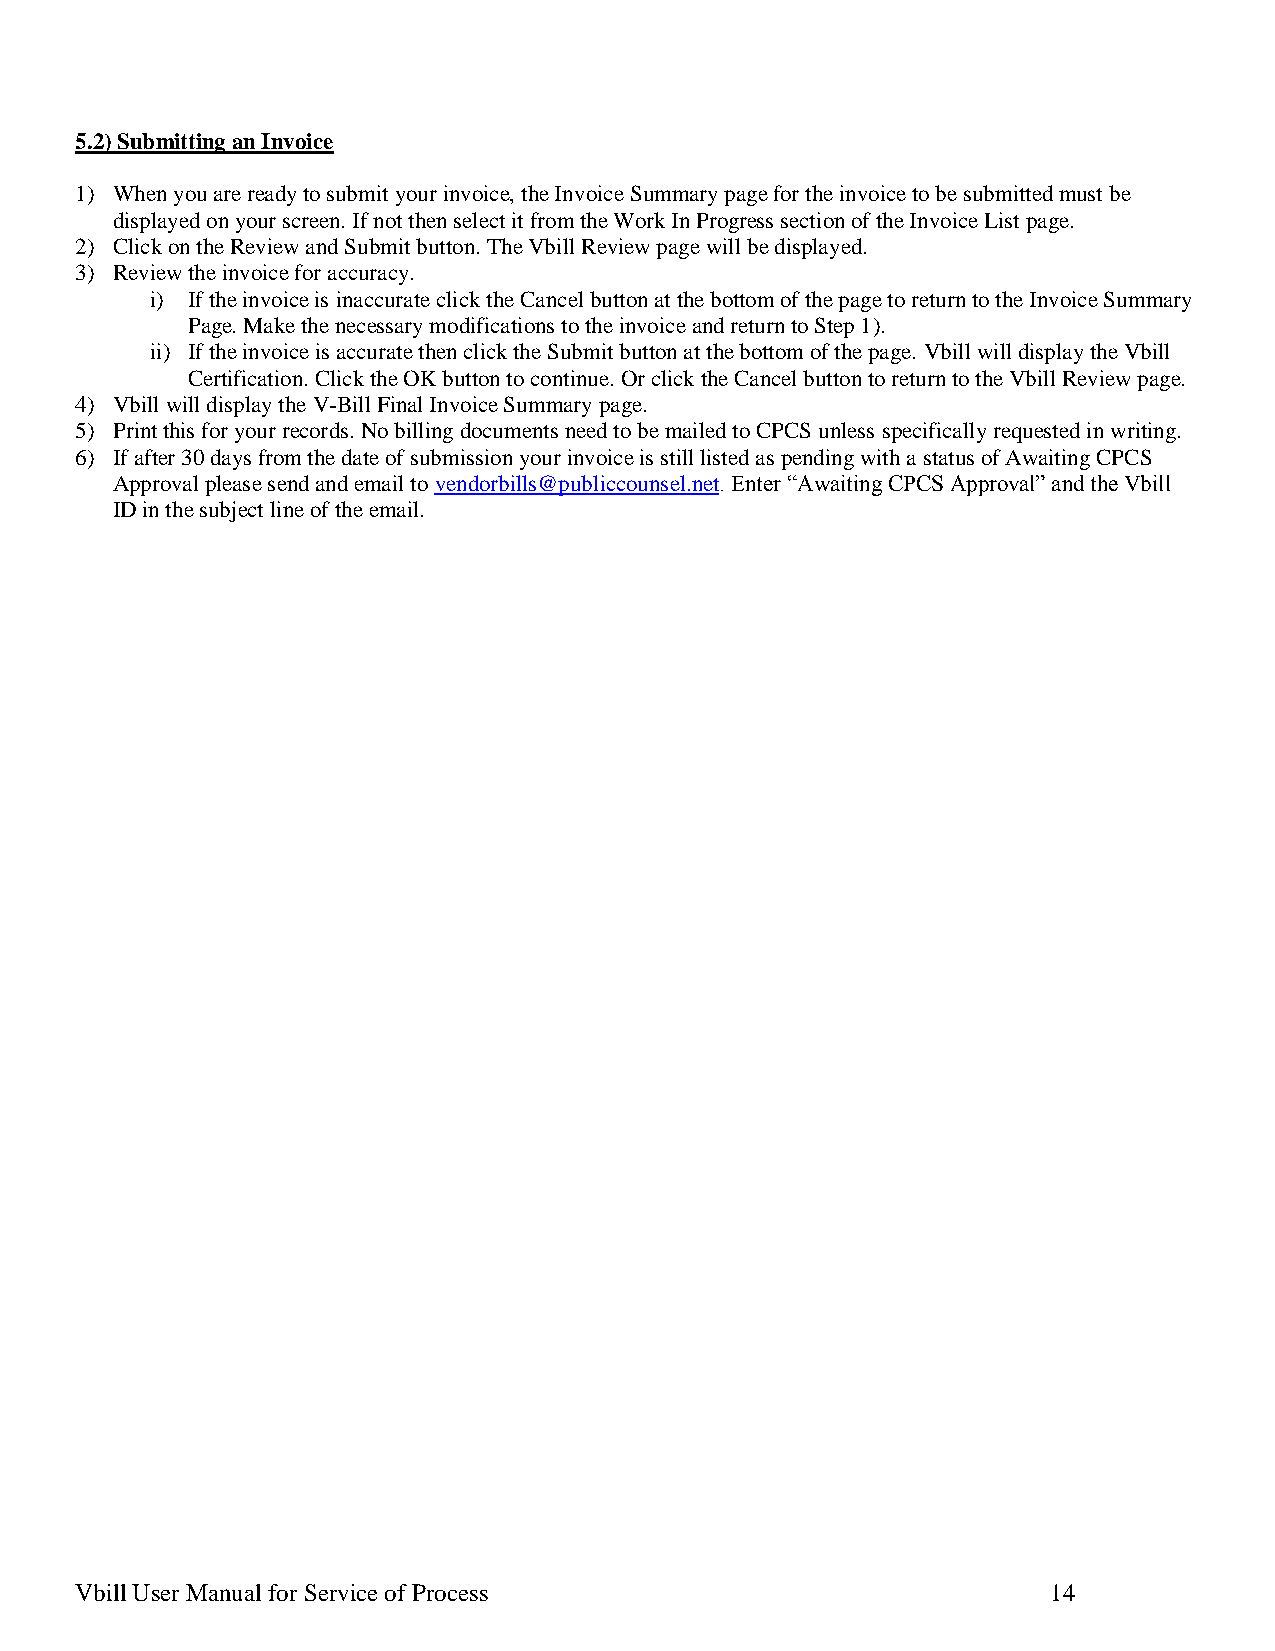
5.2) Submitting an Invoice
 1) When you are ready to submit your invoice, the Invoice Summary page for the invoice to be submitted must be
 displayed on your screen. If not then select it from the Work In Progress section of the Invoice List page.
 2) Click on the Review and Submit button. The Vbill Review page will be displayed.
 3) Review the invoice for accuracy.
 i) If the invoice is inaccurate click the Cancel button at the bottom of the page to return to the Invoice Summary
 Page. Make the necessary modifications to the invoice and return to Step 1).
 ii) If the invoice is accurate then click the Submit button at the bottom of the page. Vbill will display the Vbill
 Certification. Click the OK button to continue. Or click the Cancel button to return to the Vbill Review page.
 4) Vbill will display the V-Bill Final Invoice Summary page.
 5) Print this for your records. No billing documents need to be mailed to CPCS unless specifically requested in writing.
 6) If after 30 days from the date of submission your invoice is still listed as pending with a status of Awaiting CPCS
 Approval please send and email to vendorbills@publiccounsel.net. Enter “Awaiting CPCS Approval” and the Vbill
 ID in the subject line of the email.
 Vbill User Manual for Service of Process                         14